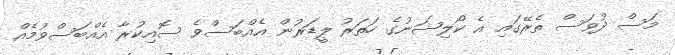
މަސް ދުވަސް ތެރޭގައި އެ ކޯލިޝަނުގެ ހަތަރު ލީޑަރުން އެއްބަސްވެ ސޮއިކުރާ އެއްބަސްވުމެއް